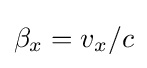
{\textstyle \beta _{x}=v_{x}/c}